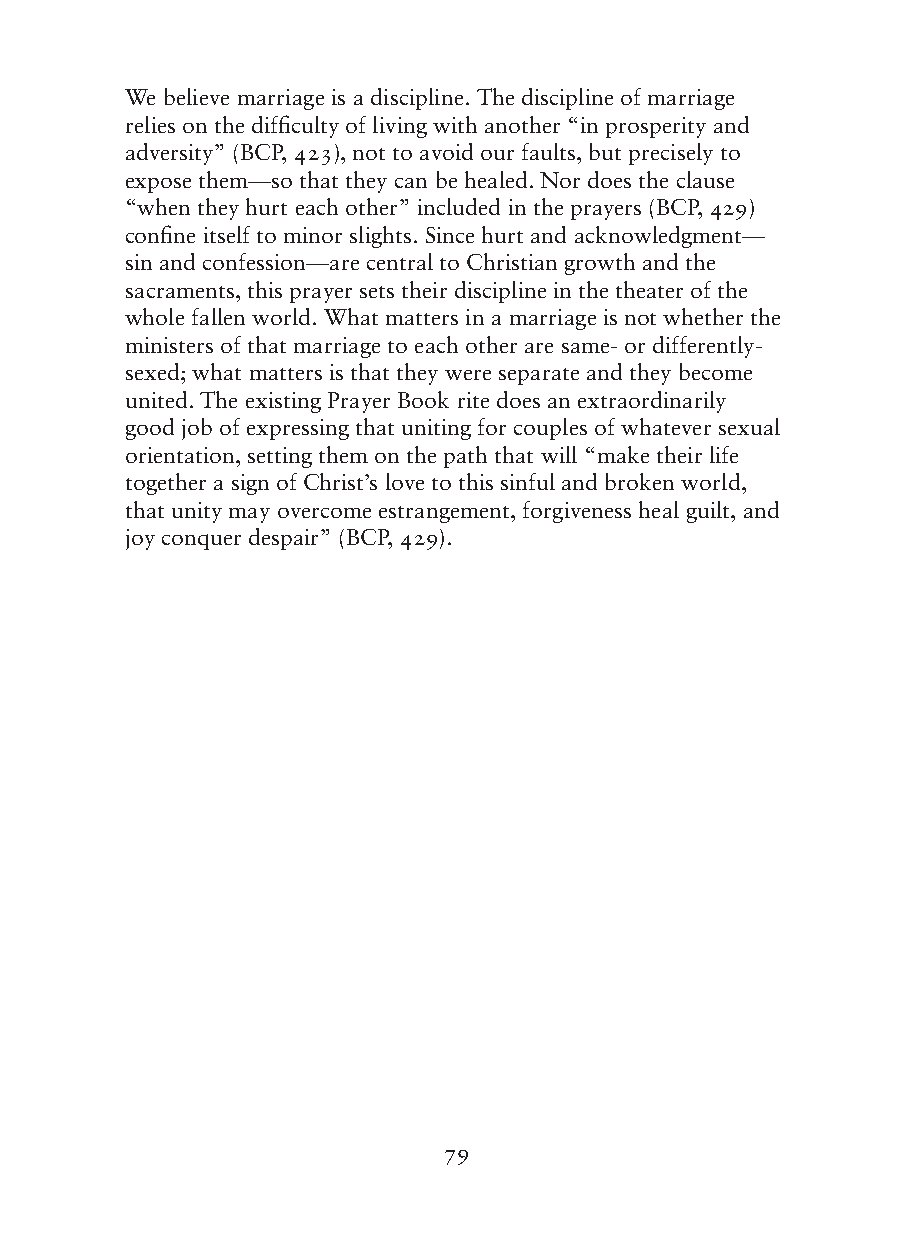
We believe marriage is a discipline. The discipline of marriage
 relies on the difficulty of living with another “in prosperity and
 adversity” (BCP, 423), not to avoid our faults, but precisely to
 expose them—so that they can be healed. Nor does the clause
 “when they hurt each other” included in the prayers (BCP, 429)
 confine itself to minor slights. Since hurt and acknowledgment—
 sin and confession—are central to Christian growth and the
 sacraments, this prayer sets their discipline in the theater of the
 whole fallen world. What matters in a marriage is not whether the
 ministers of that marriage to each other are same- or differently-
 sexed; what matters is that they were separate and they become
 united. The existing Prayer Book rite does an extraordinarily
 good job of expressing that uniting for couples of whatever sexual
 orientation, setting them on the path that will “make their life
 together a sign of Christ’s love to this sinful and broken world,
 that unity may overcome estrangement, forgiveness heal guilt, and
 joy conquer despair” (BCP, 429).
 79